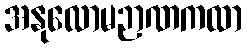
အနုလောမဉာဏကထာ